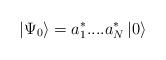
LaTeX: \begin{align*}\left| \Psi _{0}\right\rangle =a_{1}^{*}....a_{N}^{*}\left| 0\right\rangle\end{align*}